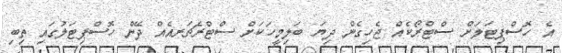
އެ ހޮސްޕިޓަލަށް ސްޓްރޯކެއް ޖެހިގެން ދިޔަ ބަލިމީހަކަށް ސްޓްރެޗަރއެއް ދޭން ހޮސްޕިޓަލުގައި ތިބި